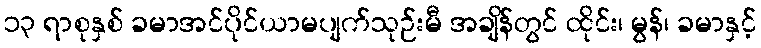
၁၃ ရာစုနှစ် ခမာအင်ပိုင်ယာမပျက်သုဉ်းမီ အချိန်တွင် ထိုင်း၊ မွန်၊ ခမာနှင့်